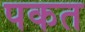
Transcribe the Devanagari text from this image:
पकत